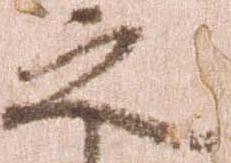
之